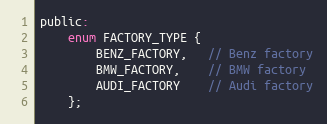
Language: C
public:
    enum FACTORY_TYPE {
        BENZ_FACTORY,   // Benz factory
        BMW_FACTORY,    // BMW factory
        AUDI_FACTORY    // Audi factory
    };